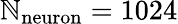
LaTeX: \mathbb{N}_{\mathrm{{neuron}}}=1024